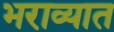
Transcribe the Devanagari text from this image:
भराव्यात